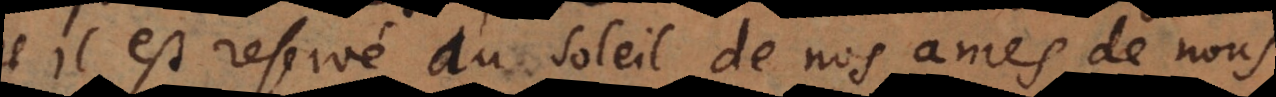
il est reservé au soleil de nos ames de nous